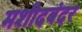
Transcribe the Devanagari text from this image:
मशीदबंदर